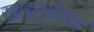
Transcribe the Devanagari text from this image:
खाद्यभांडार